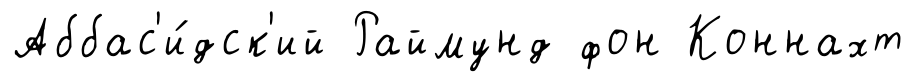
Аббас'и́дск'ий Раймунд фон Коннахт